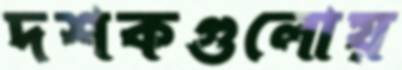
দশকগুলোয়